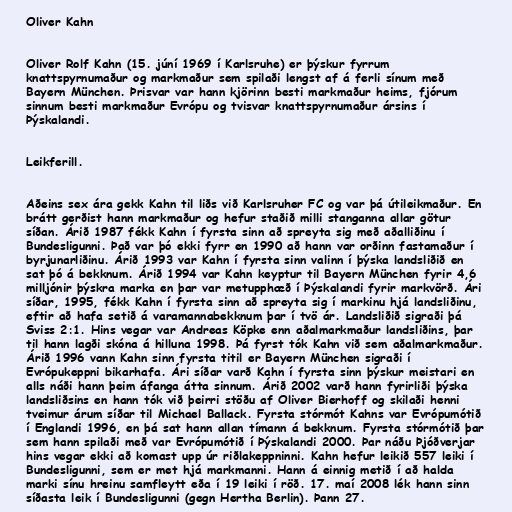
Oliver Kahn

Oliver Rolf Kahn (15. júní 1969 í Karlsruhe) er þýskur fyrrum
knattspyrnumaður og markmaður sem spilaði lengst af á ferli sínum með
Bayern München. Þrisvar var hann kjörinn besti markmaður heims, fjórum
sinnum besti markmaður Evrópu og tvisvar knattspyrnumaður ársins í
Þýskalandi.

Leikferill.

Aðeins sex ára gekk Kahn til liðs við Karlsruher FC og var þá útileikmaður. En
brátt gerðist hann markmaður og hefur staðið milli stanganna allar götur
síðan. Árið 1987 fékk Kahn í fyrsta sinn að spreyta sig með aðalliðinu í
Bundesligunni. Það var þó ekki fyrr en 1990 að hann var orðinn fastamaður í
byrjunarliðinu. Árið 1993 var Kahn í fyrsta sinn valinn í þýska landsliðið en
sat þó á bekknum. Árið 1994 var Kahn keyptur til Bayern München fyrir 4,6
milljónir þýskra marka en þar var metupphæð í Þýskalandi fyrir markvörð. Ári
síðar, 1995, fékk Kahn í fyrsta sinn að spreyta sig í markinu hjá landsliðinu,
eftir að hafa setið á varamannabekknum þar í tvö ár. Landsliðið sigraði þá
Sviss 2:1. Hins vegar var Andreas Köpke enn aðalmarkmaður landsliðins, þar
til hann lagði skóna á hilluna 1998. Þá fyrst tók Kahn við sem aðalmarkmaður.
Árið 1996 vann Kahn sinn fyrsta titil er Bayern München sigraði í
Evrópukeppni bikarhafa. Ári síðar varð Kahn í fyrsta sinn þýskur meistari en
alls náði hann þeim áfanga átta sinnum. Árið 2002 varð hann fyrirliði þýska
landsliðsins en hann tók við þeirri stöðu af Oliver Bierhoff og skilaði henni
tveimur árum síðar til Michael Ballack. Fyrsta stórmót Kahns var Evrópumótið
í Englandi 1996, en þá sat hann allan tímann á bekknum. Fyrsta stórmótið þar
sem hann spilaði með var Evrópumótið í Þýskalandi 2000. Þar náðu Þjóðverjar
hins vegar ekki að komast upp úr riðlakeppninni. Kahn hefur leikið 557 leiki í
Bundesligunni, sem er met hjá markmanni. Hann á einnig metið í að halda
marki sínu hreinu samfleytt eða í 19 leiki í röð. 17. maí 2008 lék hann sinn
síðasta leik í Bundesligunni (gegn Hertha Berlin). Þann 27.